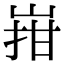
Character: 㟛